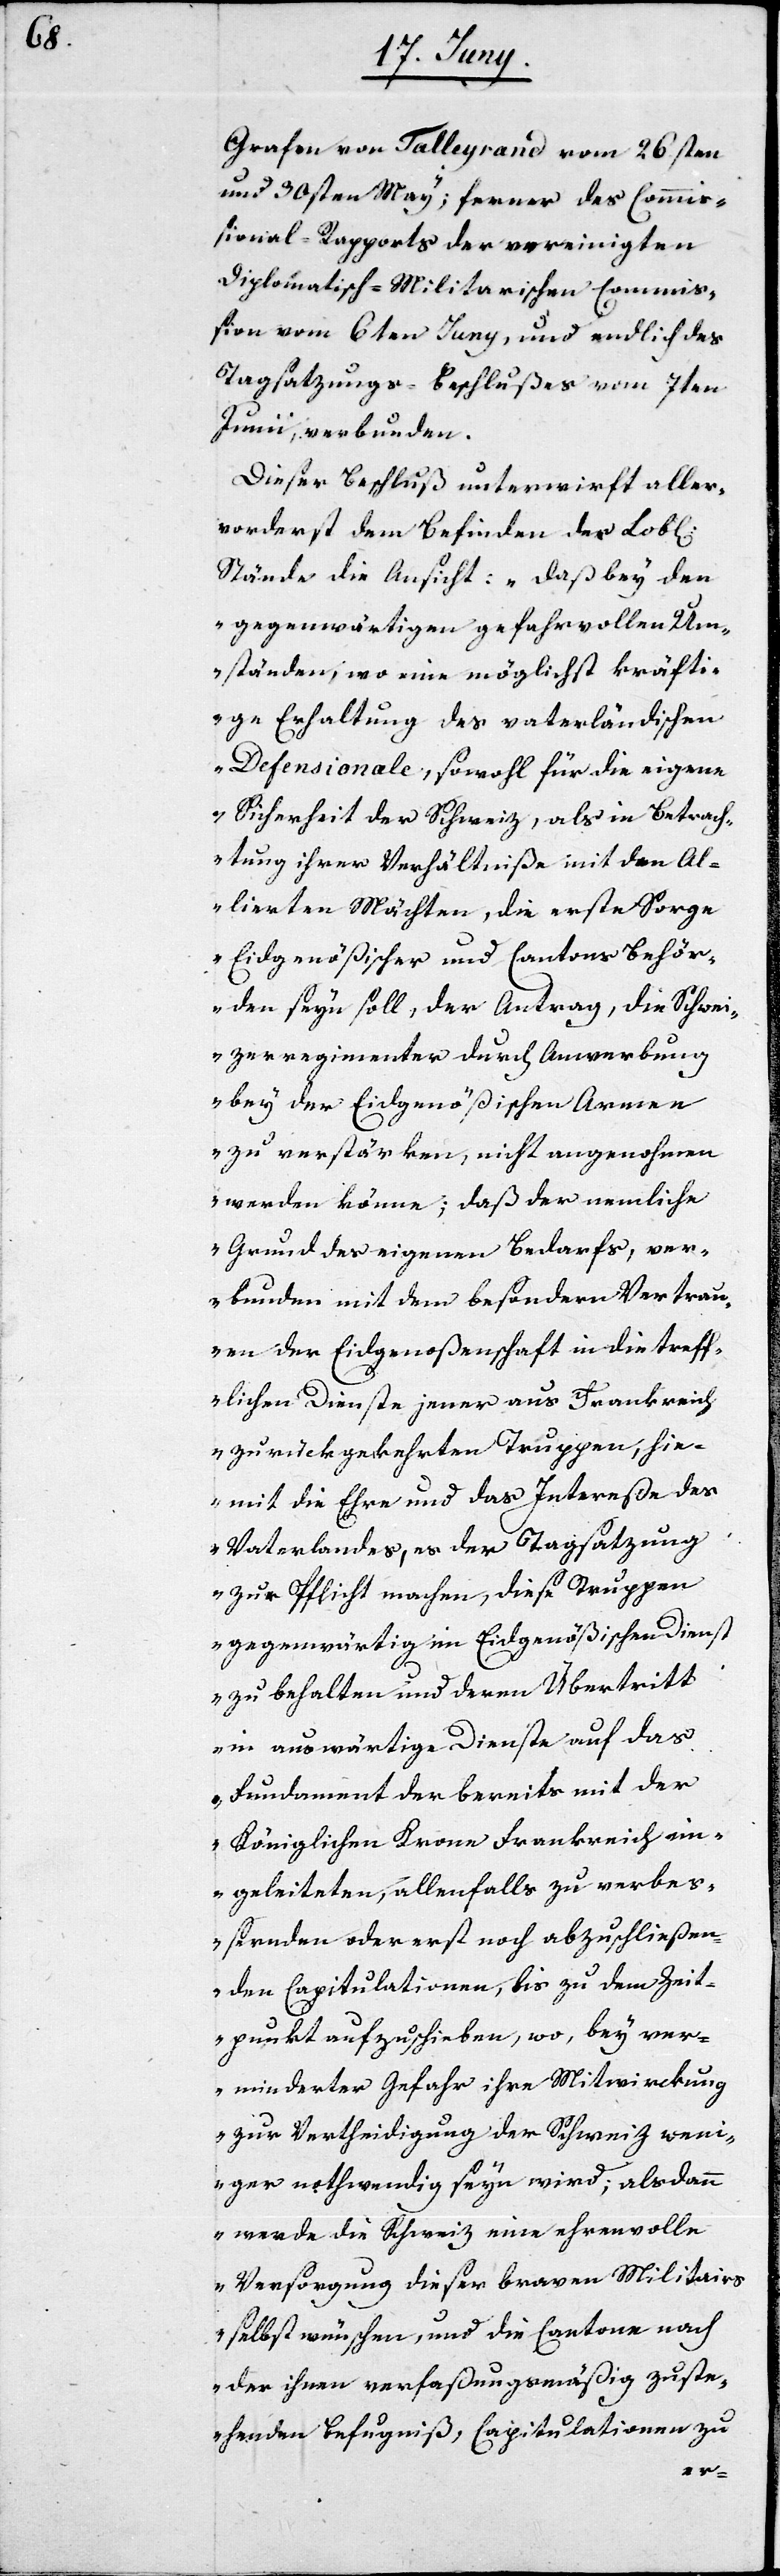
Grafen von Talleyrand vom 26.sten
und 30sten May; ferner des Commi¬
ßional-Rapports der vereinigten
Diplomatisch-Militarischen Commiß¬
ion vom 6ten Juny, und endlich des
Tagsatzungs-Beschlußes vom 7ten
Junii, verbunden.
Dieser Beschluß unterwirft aller¬
vorderst dem Befinden der Lob[lic¬
Stände die Ansicht: „daß bey den
gegenwärtigen gefahrvollen Um¬
ständen, wo eine möglichst kräfti¬
ge Erhaltung des vaterländischen
Defensionale, sowohl für die eigene
Sicherheit der Schweiz, als in Betrach¬
tung ihrer Verhältniße mit den Al¬
lierten Mächten, die erste Sorge
Eidgenößischer und Cantons Behör¬
den seyn soll, der Antrag, die Schwei¬
zerregimenter durch Anwerbung
bey der Eidgenößischen Armee
zu verstärken, nicht angenohmen
werden könne; daß der nemliche
Grund des eigenen Bedarfs, ver¬
bunden mit dem besondern Vertrau¬
en der Eidgenoßenschaft in die treff¬
lichen Dienste jener aus Frankreich
zurückgekehrten Truppen, hie¬
mit die Ehre und das Intereße des
Vaterlandes, es der Tagsatzung
zur Pflicht machen, diese Truppen
gegenwärtig im Eidgenößischen Dienst
zu behalten und deren Übertritt
in auswärtige Dienste auf das
Fundament der bereits mit der
Königlichen Krone Frankreich ein¬
geleiteten, allenfalls zu verbeß¬
ernden oder erst noch abzuschließen¬
den Capitulationen, bis zu dem Zeit¬
punkt aufzuschieben, wo, bey ver¬
minderter Gefahr ihre Mitwirckung
zur Vertheidigung der Schweiz weni¬
ger nothwendig seyn wird; alsdann
werde die Schweiz eine ehrenvolle
Versorgung dieser braven Militairs
selbst wünschen, und die Cantone nach
der ihnen verfaßungsmäßig zuste¬
henden Befugniß, Capitulationen zu
hen]